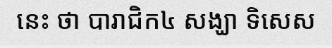
នេះ ថា បារាជិក៤ សង្ឃា ទិសេស